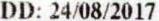
DD: 24/08/2017